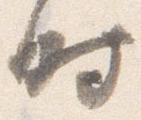
時